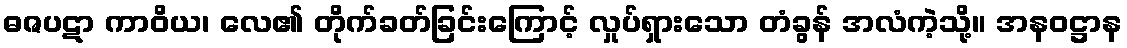
ဓဇပဋာ ကာဝိယ၊ လေ၏ တိုက်ခတ်ခြင်းကြောင့် လှုပ်ရှားသော တံခွန် အလံကဲ့သို့။ အနဝဋ္ဌာန